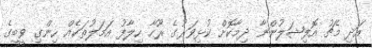
އަދި މެޗު އޮފިޝަލުންނާ ދިމާކޮށް ކުޅިވަރުގެ ރޫހާ ހިލާފު އަމަލުތަކެއް ހިންގި ވީބީގެ